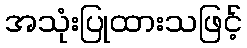
အသုံးပြုထားသဖြင့်